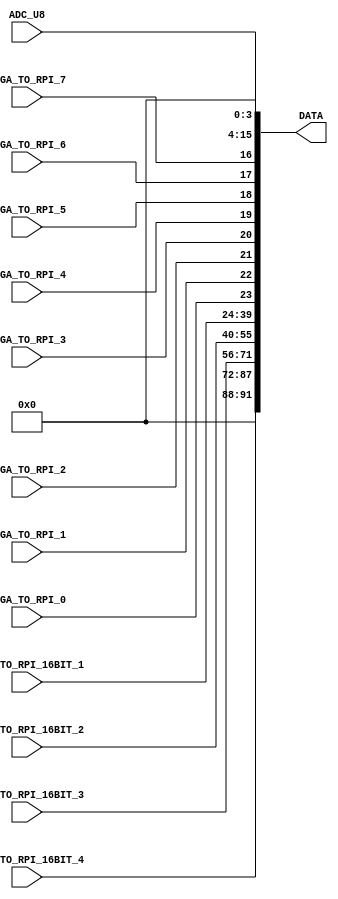
///////////////////////////////////////////////////////////////
module DATA_IN_VAR_RPI_DEMO(
	input [11:0] ADC_U8,
	//
	input FPGA_TO_RPI_0,	
	input FPGA_TO_RPI_1,	
	input FPGA_TO_RPI_2,	
	input FPGA_TO_RPI_3,	
	input FPGA_TO_RPI_4,	
	input FPGA_TO_RPI_5,	
	input FPGA_TO_RPI_6,	
	input FPGA_TO_RPI_7,	
	input [15:0] FPGA_TO_RPI_16BIT_1,
	input [15:0] FPGA_TO_RPI_16BIT_2,	
	input [15:0] FPGA_TO_RPI_16BIT_3,	
	input [15:0] FPGA_TO_RPI_16BIT_4,			
	//
	output [255:0] DATA
	);
	//
	assign DATA[015:004] = ADC_U8[11:0];// MSB left
	//
	assign DATA[016]     = FPGA_TO_RPI_7;
	assign DATA[017]     = FPGA_TO_RPI_6;
	assign DATA[018]     = FPGA_TO_RPI_5;
	assign DATA[019]     = FPGA_TO_RPI_4;
	assign DATA[020]     = FPGA_TO_RPI_3;
	assign DATA[021]     = FPGA_TO_RPI_2;
	assign DATA[022]     = FPGA_TO_RPI_1;
	assign DATA[023]     = FPGA_TO_RPI_0;	
	//
	assign DATA[039:024] = FPGA_TO_RPI_16BIT_1[15:0];
	assign DATA[055:040] = FPGA_TO_RPI_16BIT_2[15:0];
	assign DATA[071:056] = FPGA_TO_RPI_16BIT_3[15:0];
	assign DATA[091:072] = FPGA_TO_RPI_16BIT_4[15:0];	
	//
endmodule
///////////////////////////////////////////////////////////////
module DATA_OUT_VAR_RPI_DEMO(
	input [255:0] DATA,
	//
	output[11:0] DAC_U5,
	//
	output RPI_TO_FPGA_0,
	output RPI_TO_FPGA_1,
	output RPI_TO_FPGA_2,
	output RPI_TO_FPGA_3,
	output RPI_TO_FPGA_4,
	output RPI_TO_FPGA_5,
	output RPI_TO_FPGA_6,
	output RPI_TO_FPGA_7,
	//
	output [15:0] RPI_TO_FPGA_16BIT_1,
	output [15:0] RPI_TO_FPGA_16BIT_2,
	output [15:0] RPI_TO_FPGA_16BIT_3,
	output [15:0] RPI_TO_FPGA_16BIT_4
	);
	//
	assign DAC_U5[11:0]              = DATA[015:004];
	//
	assign RPI_TO_FPGA_7             = DATA[016];
	assign RPI_TO_FPGA_6             = DATA[017];
	assign RPI_TO_FPGA_5             = DATA[018];
	assign RPI_TO_FPGA_4             = DATA[019];
	assign RPI_TO_FPGA_3             = DATA[020];
	assign RPI_TO_FPGA_2             = DATA[021];
	assign RPI_TO_FPGA_1             = DATA[022];
	assign RPI_TO_FPGA_0             = DATA[023];	
	//
	assign RPI_TO_FPGA_16BIT_1[15:0] = DATA[039:024];	
	assign RPI_TO_FPGA_16BIT_2[15:0] = DATA[055:040];	
	assign RPI_TO_FPGA_16BIT_3[15:0] = DATA[071:056];	
	assign RPI_TO_FPGA_16BIT_4[15:0] = DATA[091:072];	
	//
endmodule
////////////////////////////////////////////////////////////////////////////////////////////